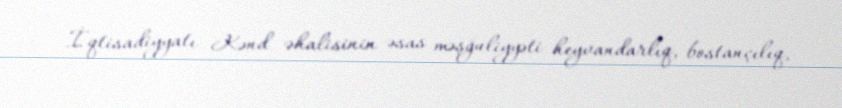
İqtisadiyyatı Kənd əhalisinin əsas məşğuliyyəti heyvandarlıq, bostançılıq,